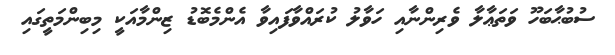
ސުބުޙާބަހޫ ވަތަޢާލާ ވެރިންނާއި ހަވާލު ކުރައްވާފައިވާ އެންމެބޮޑު ޒިންމާއަކީ މިބިންމަތީގައި